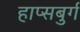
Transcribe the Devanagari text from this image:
हाप्सबुर्ग